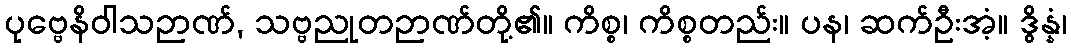
ပုဗ္ဗေနိဝါသဉာဏ်, သဗ္ဗညုတဉာဏ်တို့၏။ ကိစ္စ၊ ကိစ္စတည်း။ ပန၊ ဆက်ဦးအံ့။ ဒွိန္နံ၊